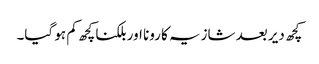
کچھ دیر بعد شازیہ کا رونا اور بلکنا کچھ کم ہو گیا۔